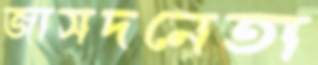
জাসদনেতা